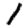
Digit: 1